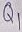
Text: Q1